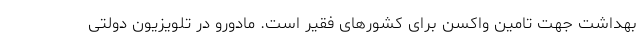
بهداشت جهت تامین واکسن برای کشورهای فقیر است. مادورو در تلویزیون دولتی